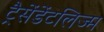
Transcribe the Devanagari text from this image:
ट्रैसेंडेंटलिज्म